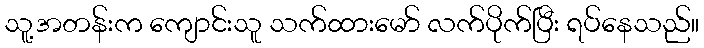
သူ့အတန်းက ကျောင်းသူ သက်ထားမော် လက်ပိုက်ပြီး ရပ်နေသည်။